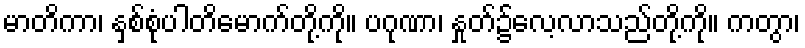
မာတိကာ၊ နှစ်စုံပါတိမောက်တို့ကို။ ပဂုဏာ၊ နှုတ်၌လေ့လာသည်တို့ကို။ ကတွာ၊